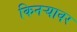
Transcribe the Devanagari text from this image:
किनऱ्यावर